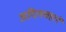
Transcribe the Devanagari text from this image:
अदिलशहाने